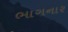
ભાગનાર